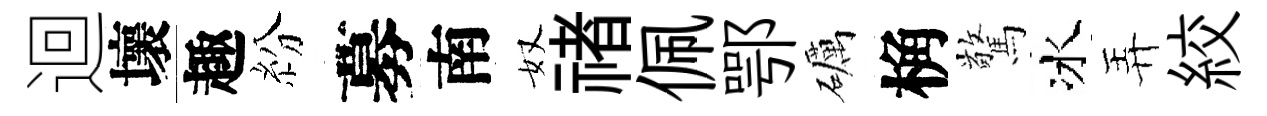
迴壞趣紛募南奴禇佩鄂礪桷驚冰弄絞